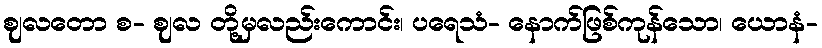
ဈလတော စ- ဈလ တို့မှလည်းကောင်း၊ ပရေသံ- နောက်ဖြစ်ကုန်သော၊ ယောနံ-